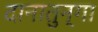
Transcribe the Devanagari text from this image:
दानातुन्गा